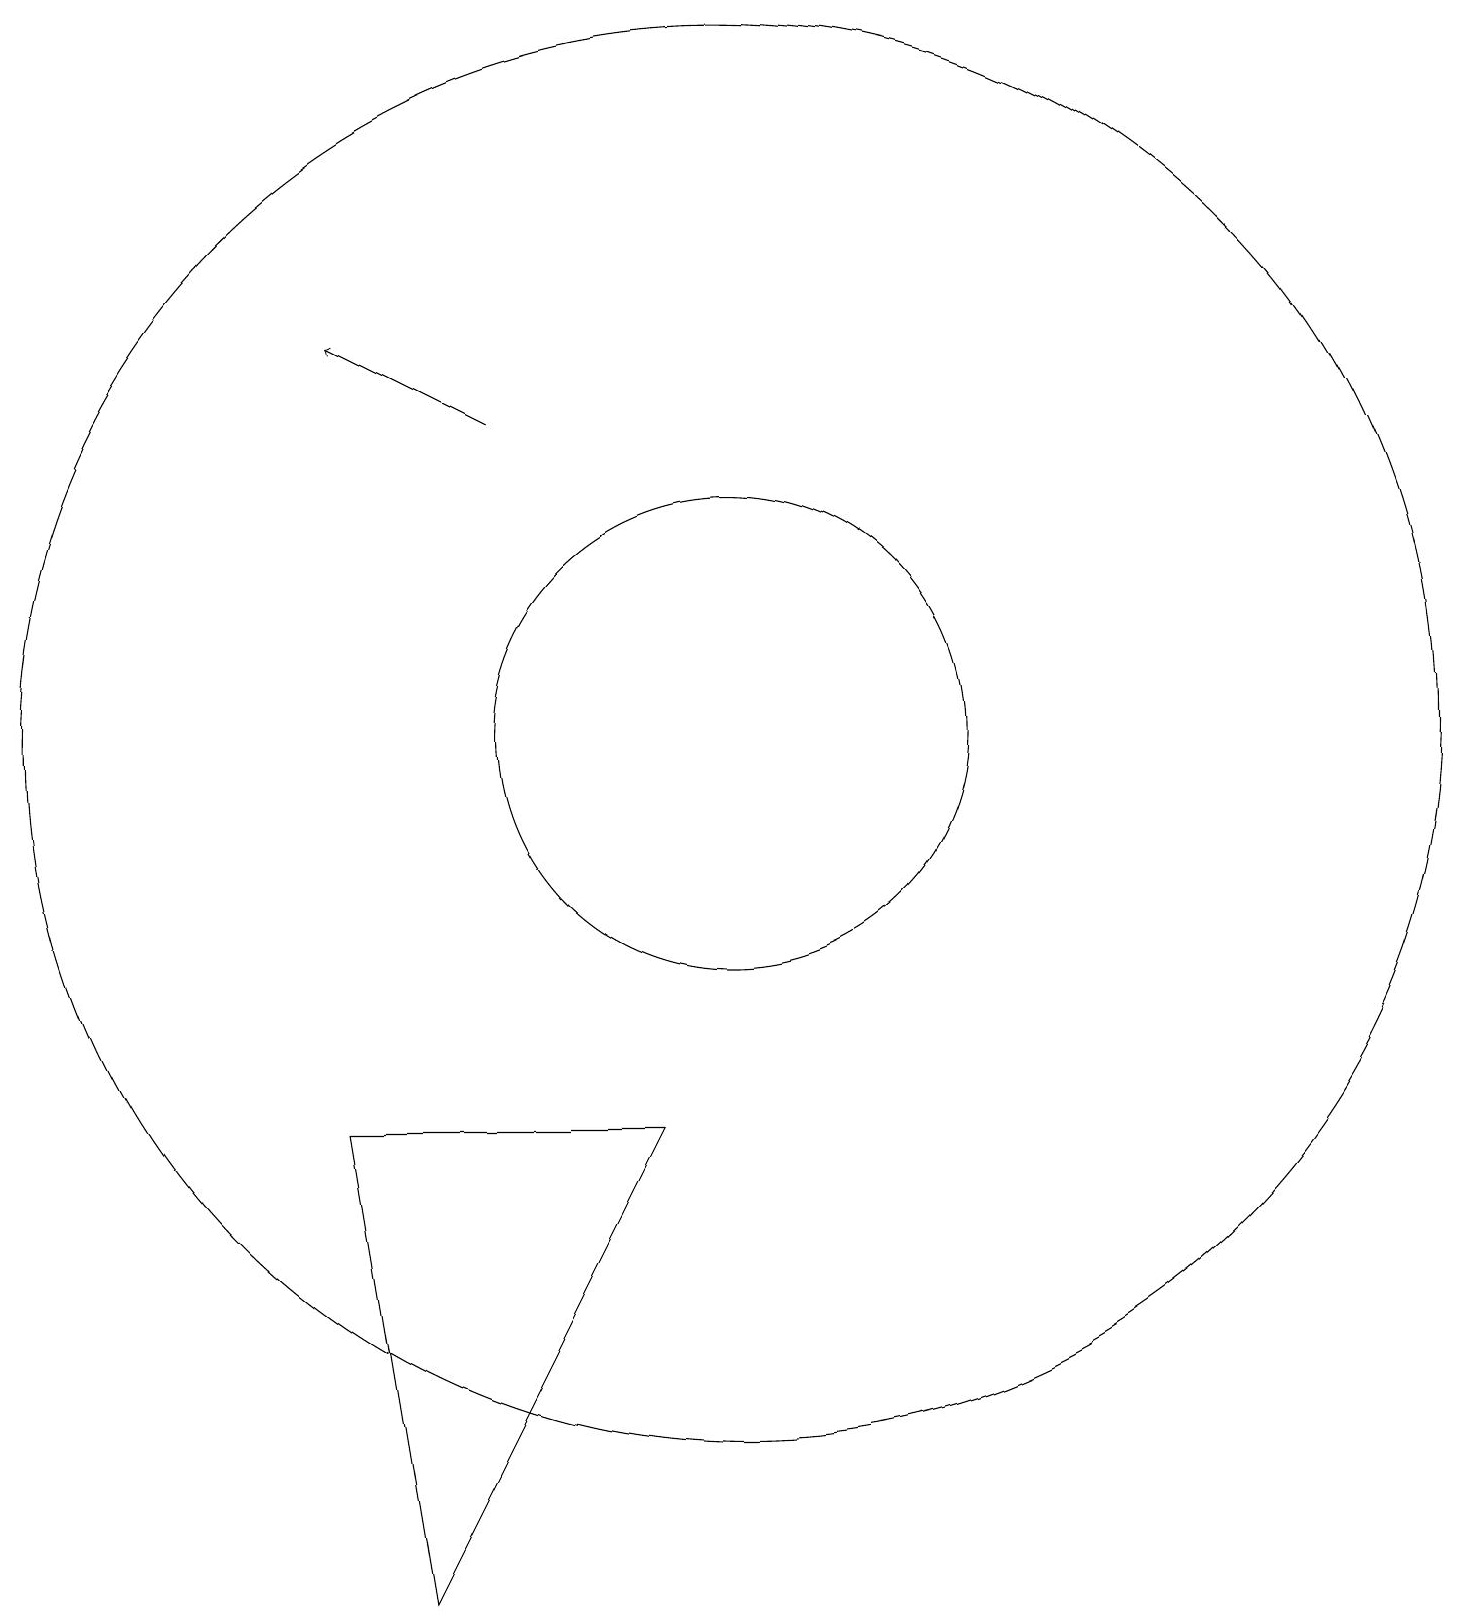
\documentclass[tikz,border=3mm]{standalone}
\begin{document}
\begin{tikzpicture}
\draw (10,11) circle (9);
\draw (7,18) rectangle (7,18);
\draw (10,11) circle (3);
\draw[->] (7,15) -- (5,16);
\draw (6,0) -- (5,6) -- (9,6) -- cycle;
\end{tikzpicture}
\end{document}